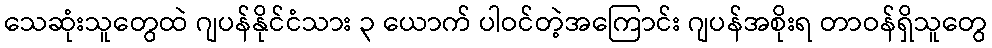
သေဆုံးသူတွေထဲ ဂျပန်နိုင်ငံသား ၃ ယောက် ပါဝင်တဲ့အကြောင်း ဂျပန်အစိုးရ တာဝန်ရှိသူတွေ